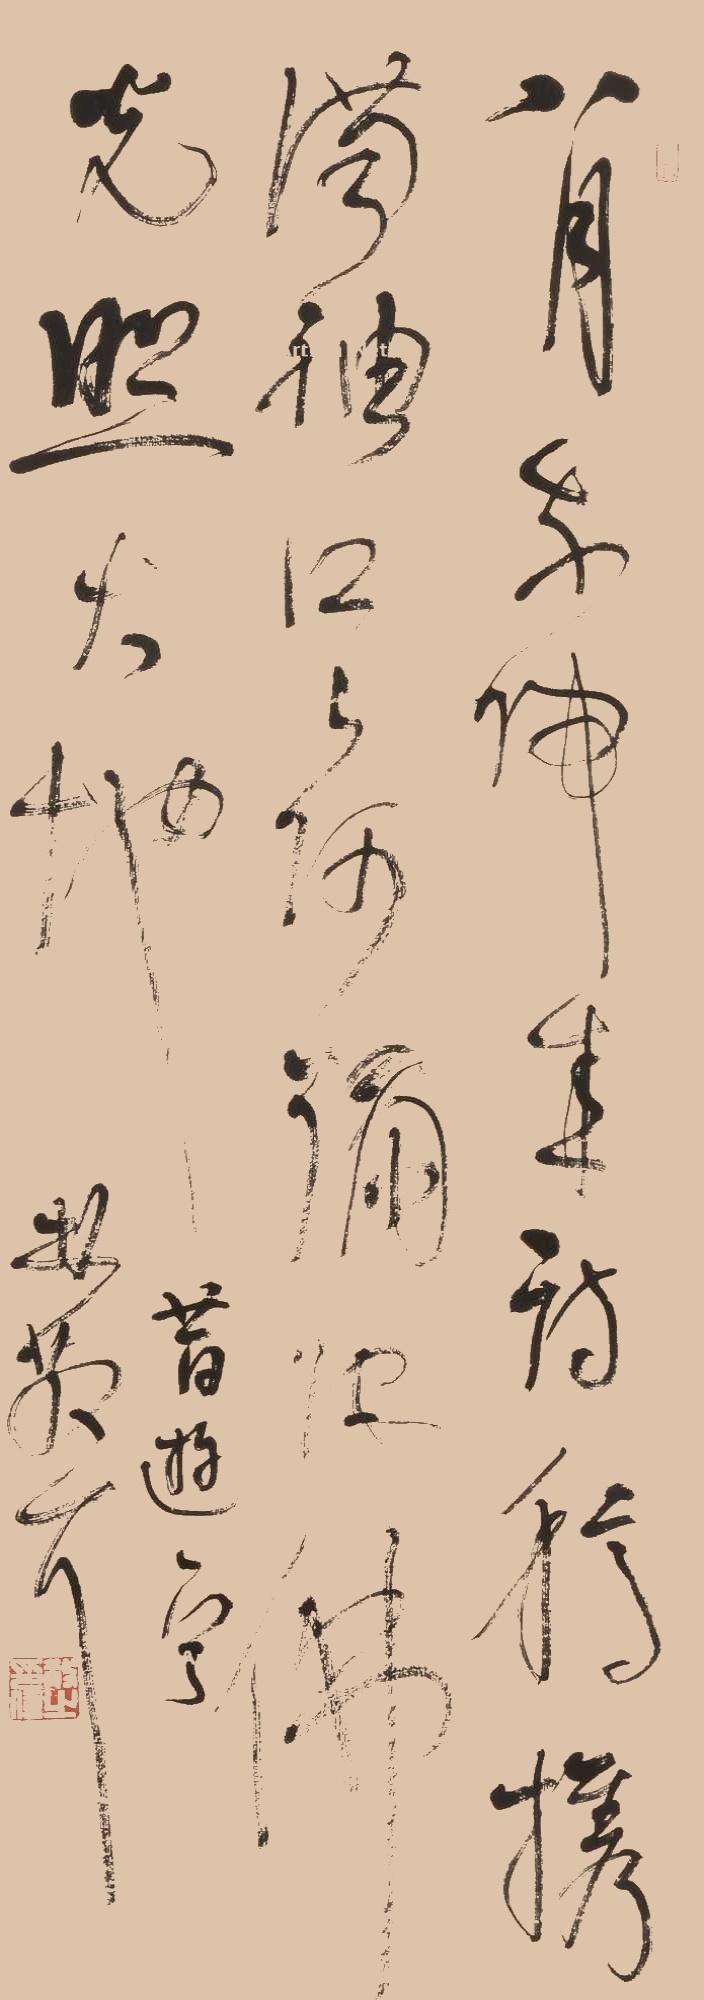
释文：八月我归来，诗稿携满袖。口口阿弥佛，佛光照大地。远游诗，林散耳